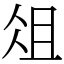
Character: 俎